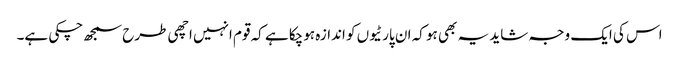
اس کی ایک وجہ شاید یہ بھی ہو کہ ان پارٹیوں کو اندازہ ہوچکا ہے کہ قوم انہیں اچھی طرح سمجھ چکی ہے۔